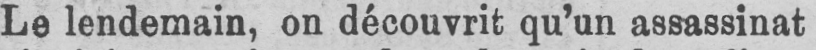
Le lendemain, on découvrit qu’un assassinat